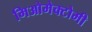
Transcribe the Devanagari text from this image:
मिओमेक्टोमी